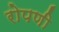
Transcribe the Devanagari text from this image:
रोपणी